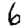
Digit: 6